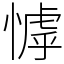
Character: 㦆